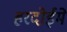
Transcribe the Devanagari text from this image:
हरदोईमें